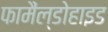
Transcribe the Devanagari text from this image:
फामैंल्डोहाइड